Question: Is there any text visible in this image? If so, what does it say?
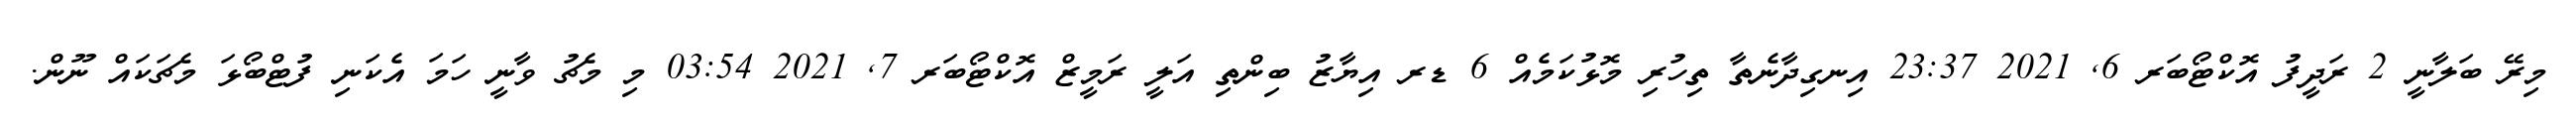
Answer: މިރޭ ބަލާނީ 2 ރަދީފު އޮކްޓޯބަރ 6, 2021 23:37 އިނގިދާނެތާ ތިހުރި މޮޅުކަމެއް 6 ޑރ އިޔާޒު ބިންތި އަލީ ރަމީޒް އޮކްޓޯބަރ 7, 2021 03:54 މި މެޗު ވާނީ ހަމަ އެކަނި ފުޓްބޯޅަ މެޗަކައް ނޫން.